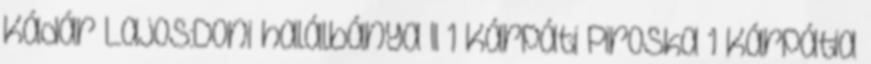
Kádár Lajos:Doni halálbánya II 1 Kárpáti Piroska 1 Kárpátia